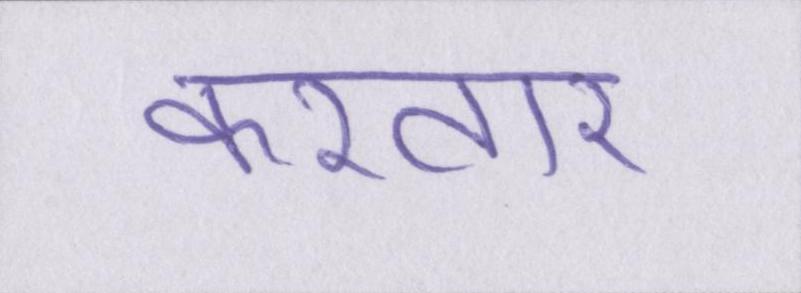
करतार